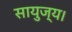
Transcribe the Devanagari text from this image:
सायुज्य।